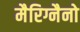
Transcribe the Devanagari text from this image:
मैरिग्नैनो